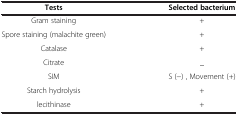
<table><thead><tr><td><b>Tests</b></td><td><b>Selected bacterium</b></td></tr></thead><tbody><tr><td>Gram staining</td><td>+</td></tr><tr><td>Spore staining (malachite green)</td><td>+</td></tr><tr><td>Catalase</td><td>+</td></tr><tr><td>Citrate</td><td>_</td></tr><tr><td>SIM</td><td>S (-) , Movement (+)</td></tr><tr><td>Starch hydrolysis</td><td>+</td></tr><tr><td>lecithinase</td><td>+</td></tr></tbody></table>